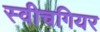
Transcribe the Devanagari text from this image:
स्वीचगियर